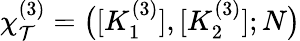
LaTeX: \chi_{\mathcal{T}}^{(3)}=\big([K_{1}^{(3)}],[K_{2}^{(3)}];N\big)